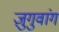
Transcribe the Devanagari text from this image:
ज़ुगुवांग